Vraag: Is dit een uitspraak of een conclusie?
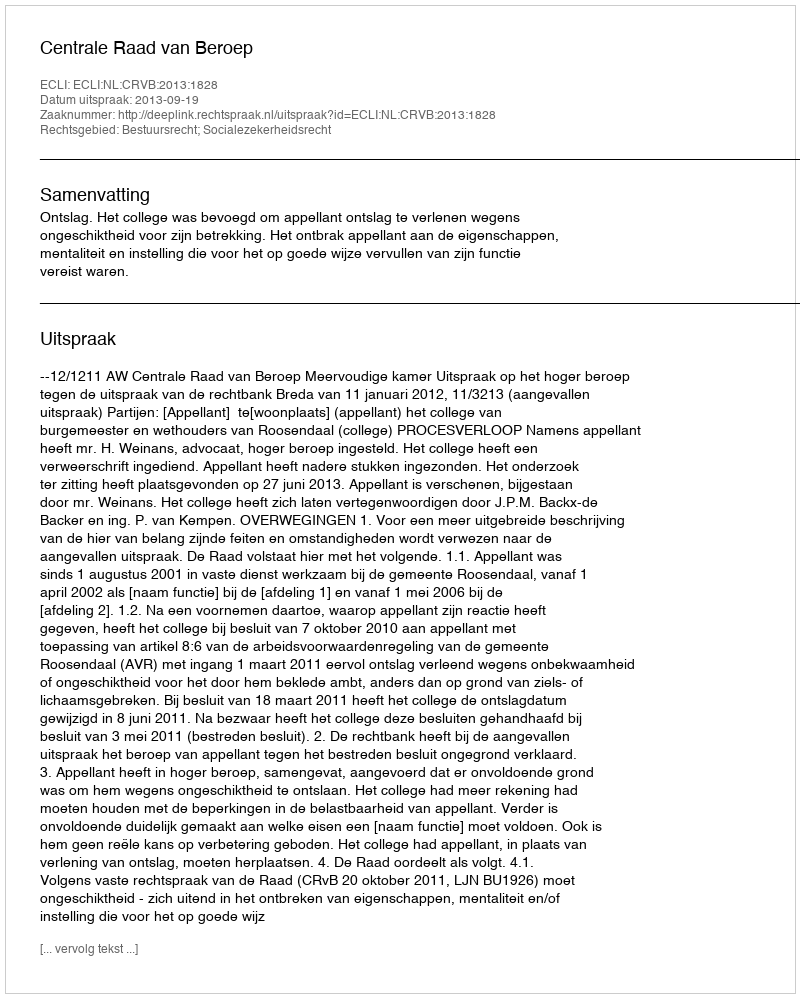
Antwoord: Uitspraak